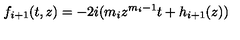
f _ { i + 1 } ( t , z ) = - 2 i ( m _ { i } z ^ { m _ { i } - 1 } t + h _ { i + 1 } ( z ) )